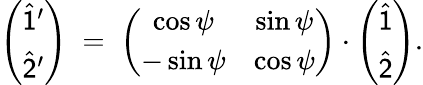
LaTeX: \left(\begin{array}{c}{\widehat{\sf 1}^{\prime}}\\ {\widehat{\sf 2}^{\prime}}\end{array}\right)\; =\; \left(\begin{array}{cc}{\cos\psi}&{\sin\psi}\\ {-\sin\psi}&{\cos\psi}\end{array}\right)\cdot\left(\begin{array}{c}{\widehat{\sf 1}}\\ {\widehat{\sf 2}}\end{array}\right).